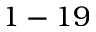
1 - 1 9